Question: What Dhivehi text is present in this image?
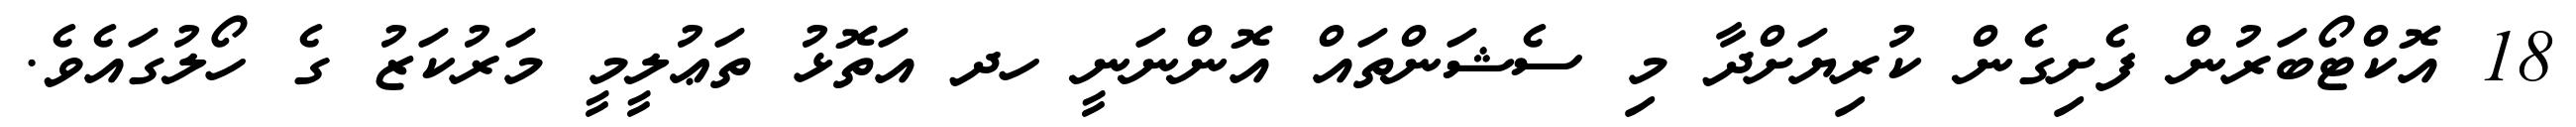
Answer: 18 އޮކްޓޯބަރުން ފެށިގެން ކުރިޔަށްދާ މި ސެޝަންތައް އޮންނަނީ ހދ އަތޮޅު ތަޢުލީމީ މަރުކަޒު ގެ ހޯލުގައެވެ.